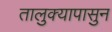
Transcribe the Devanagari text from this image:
तालुक्यापासुन